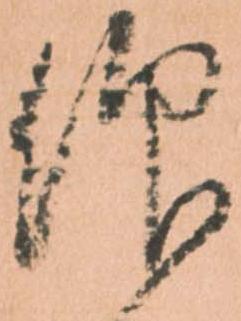
仰